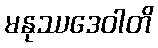
မနုဿဒေဝါတိ